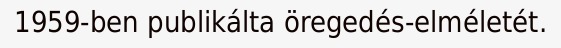
1959-ben publikálta öregedés-elméletét.